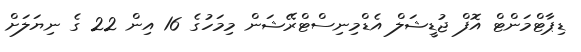
ޑިޕާޓްމަންޓް އޮފް ޖުޑީޝަލް އެޑްމިނިސްޓްރޭޝަން މިމަހުގެ 16 އިން 22 ގެ ނިޔަލަށް